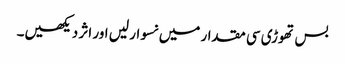
بس تھوڑی سی مقدار میں نسوار لیں اور اثر دیکھیں۔